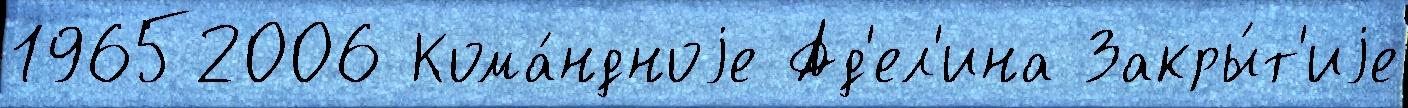
19652006 Кома́ндноjе Ад'ел'ина Закры́т'иjе